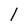
Character: l